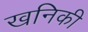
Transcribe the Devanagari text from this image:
खनिकी